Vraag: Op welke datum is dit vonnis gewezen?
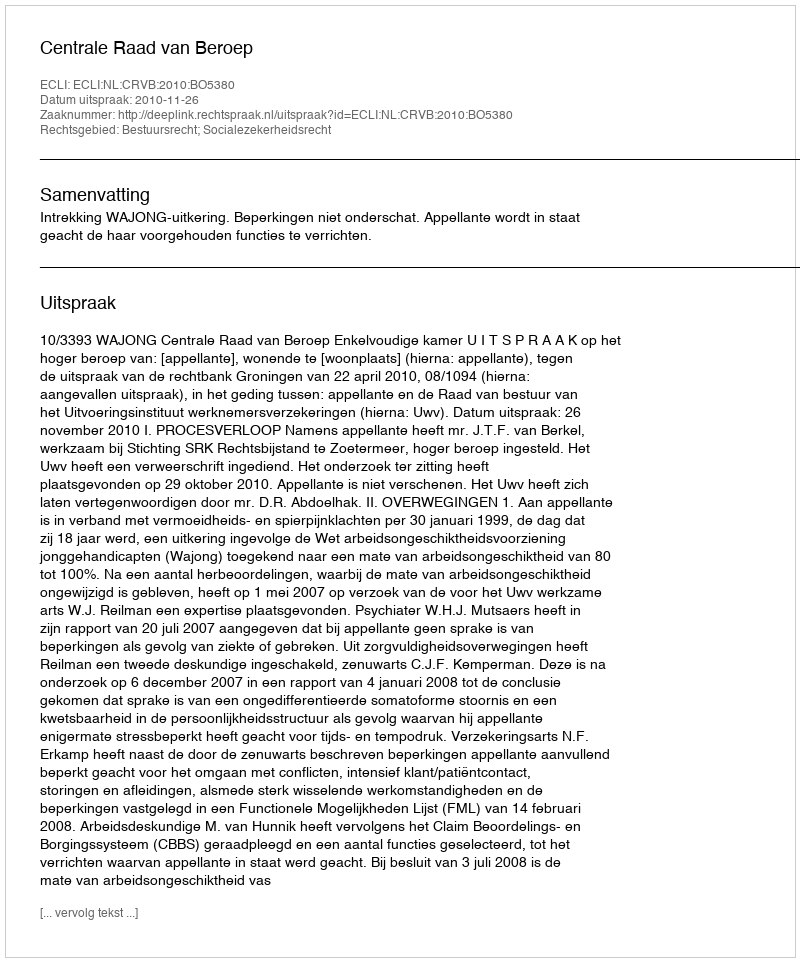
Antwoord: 2010-11-26